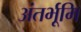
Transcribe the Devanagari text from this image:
अंतर्भूमि